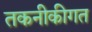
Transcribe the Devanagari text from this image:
तकनीकीगत